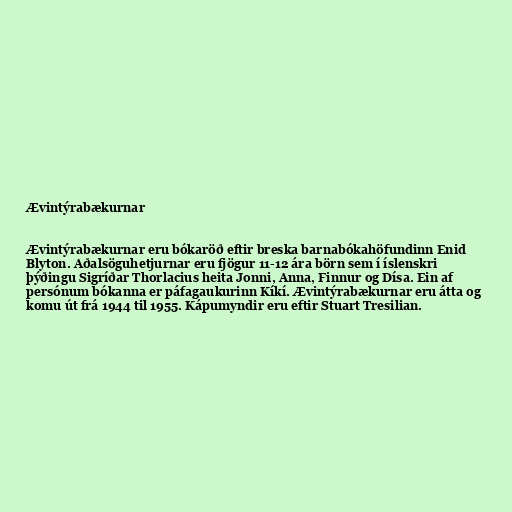
Ævintýrabækurnar

Ævintýrabækurnar eru bókaröð eftir breska barnabókahöfundinn Enid
Blyton. Aðalsöguhetjurnar eru fjögur 11-12 ára börn sem í íslenskri
þýðingu Sigríðar Thorlacius heita Jonni, Anna, Finnur og Dísa. Ein af
persónum bókanna er páfagaukurinn Kíkí. Ævintýrabækurnar eru átta og
komu út frá 1944 til 1955. Kápumyndir eru eftir Stuart Tresilian.